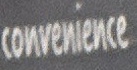
convenience